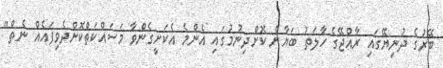
ބޭރުގެ ދުނިޔޭގައި ރާއްޖޭގެ ހާލަތު ބަޔާން ކޮށްދިނުމުގައި އެންމެ އެކަށީގެންވާ މަސައްކަތްކޮށްދެވިފައެއް ނެތް"